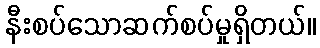
နီးစပ်သောဆက်စပ်မှုရှိတယ်။